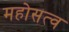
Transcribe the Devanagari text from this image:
महोसत्व